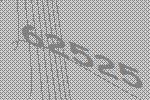
62525